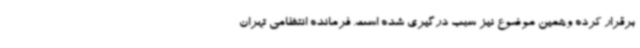
برقرار کرده وهمین موضوع نیز سبب درگیری شده است. فرمانده انتظامی تهران